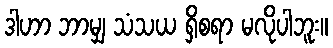
ဒါဟာ ဘာမျှ သံသယ ရှိစရာ မလိုပါဘူး။